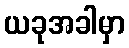
ယခုအခါမှာ